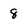
Character: 8